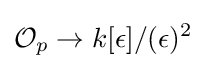
{\mathcal {O}}_{p}\to k[\epsilon ]/(\epsilon )^{2}